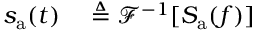
\begin{array} { r l } { s _ { \mathrm { a } } ( t ) } & { { } \triangleq { \mathcal { F } } ^ { - 1 } [ S _ { \mathrm { a } } ( f ) ] } \end{array}